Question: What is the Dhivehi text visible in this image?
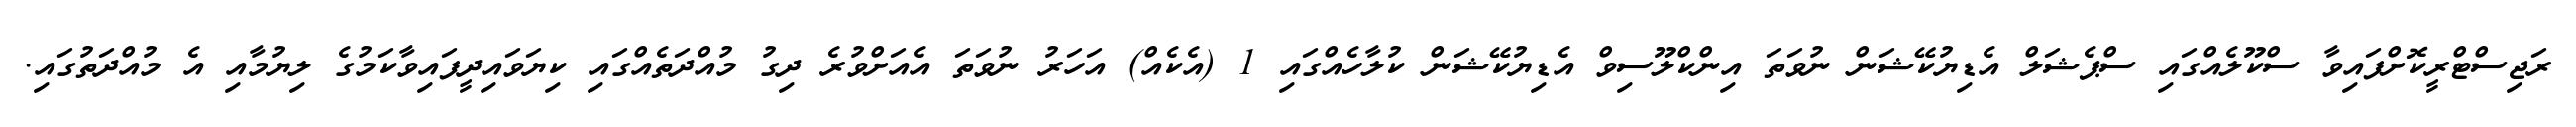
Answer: ރަޖިސްޓްރީކޮށްފައިވާ ސްކޫލެއްގައި ސްޕެޝަލް އެޑިޔުކޭޝަން ނުވަތަ އިންކްލޫސިވް އެޑިޔުކޭޝަން ކުލާހެއްގައި 1 (އެކެއް) އަހަރު ނުވަތަ އެއަށްވުރެ ދިގު މުއްދަތެއްގައި ކިޔަވައިދީފައިވާކަމުގެ ލިޔުމާއި އެ މުއްދަތުގައި.